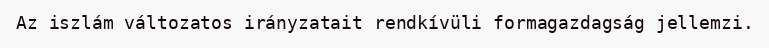
Az iszlám változatos irányzatait rendkívüli formagazdagság jellemzi.